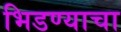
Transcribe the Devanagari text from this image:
भिडण्याचा